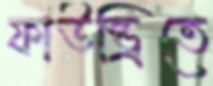
ফাউন্ড্রিতে